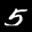
Label: 5